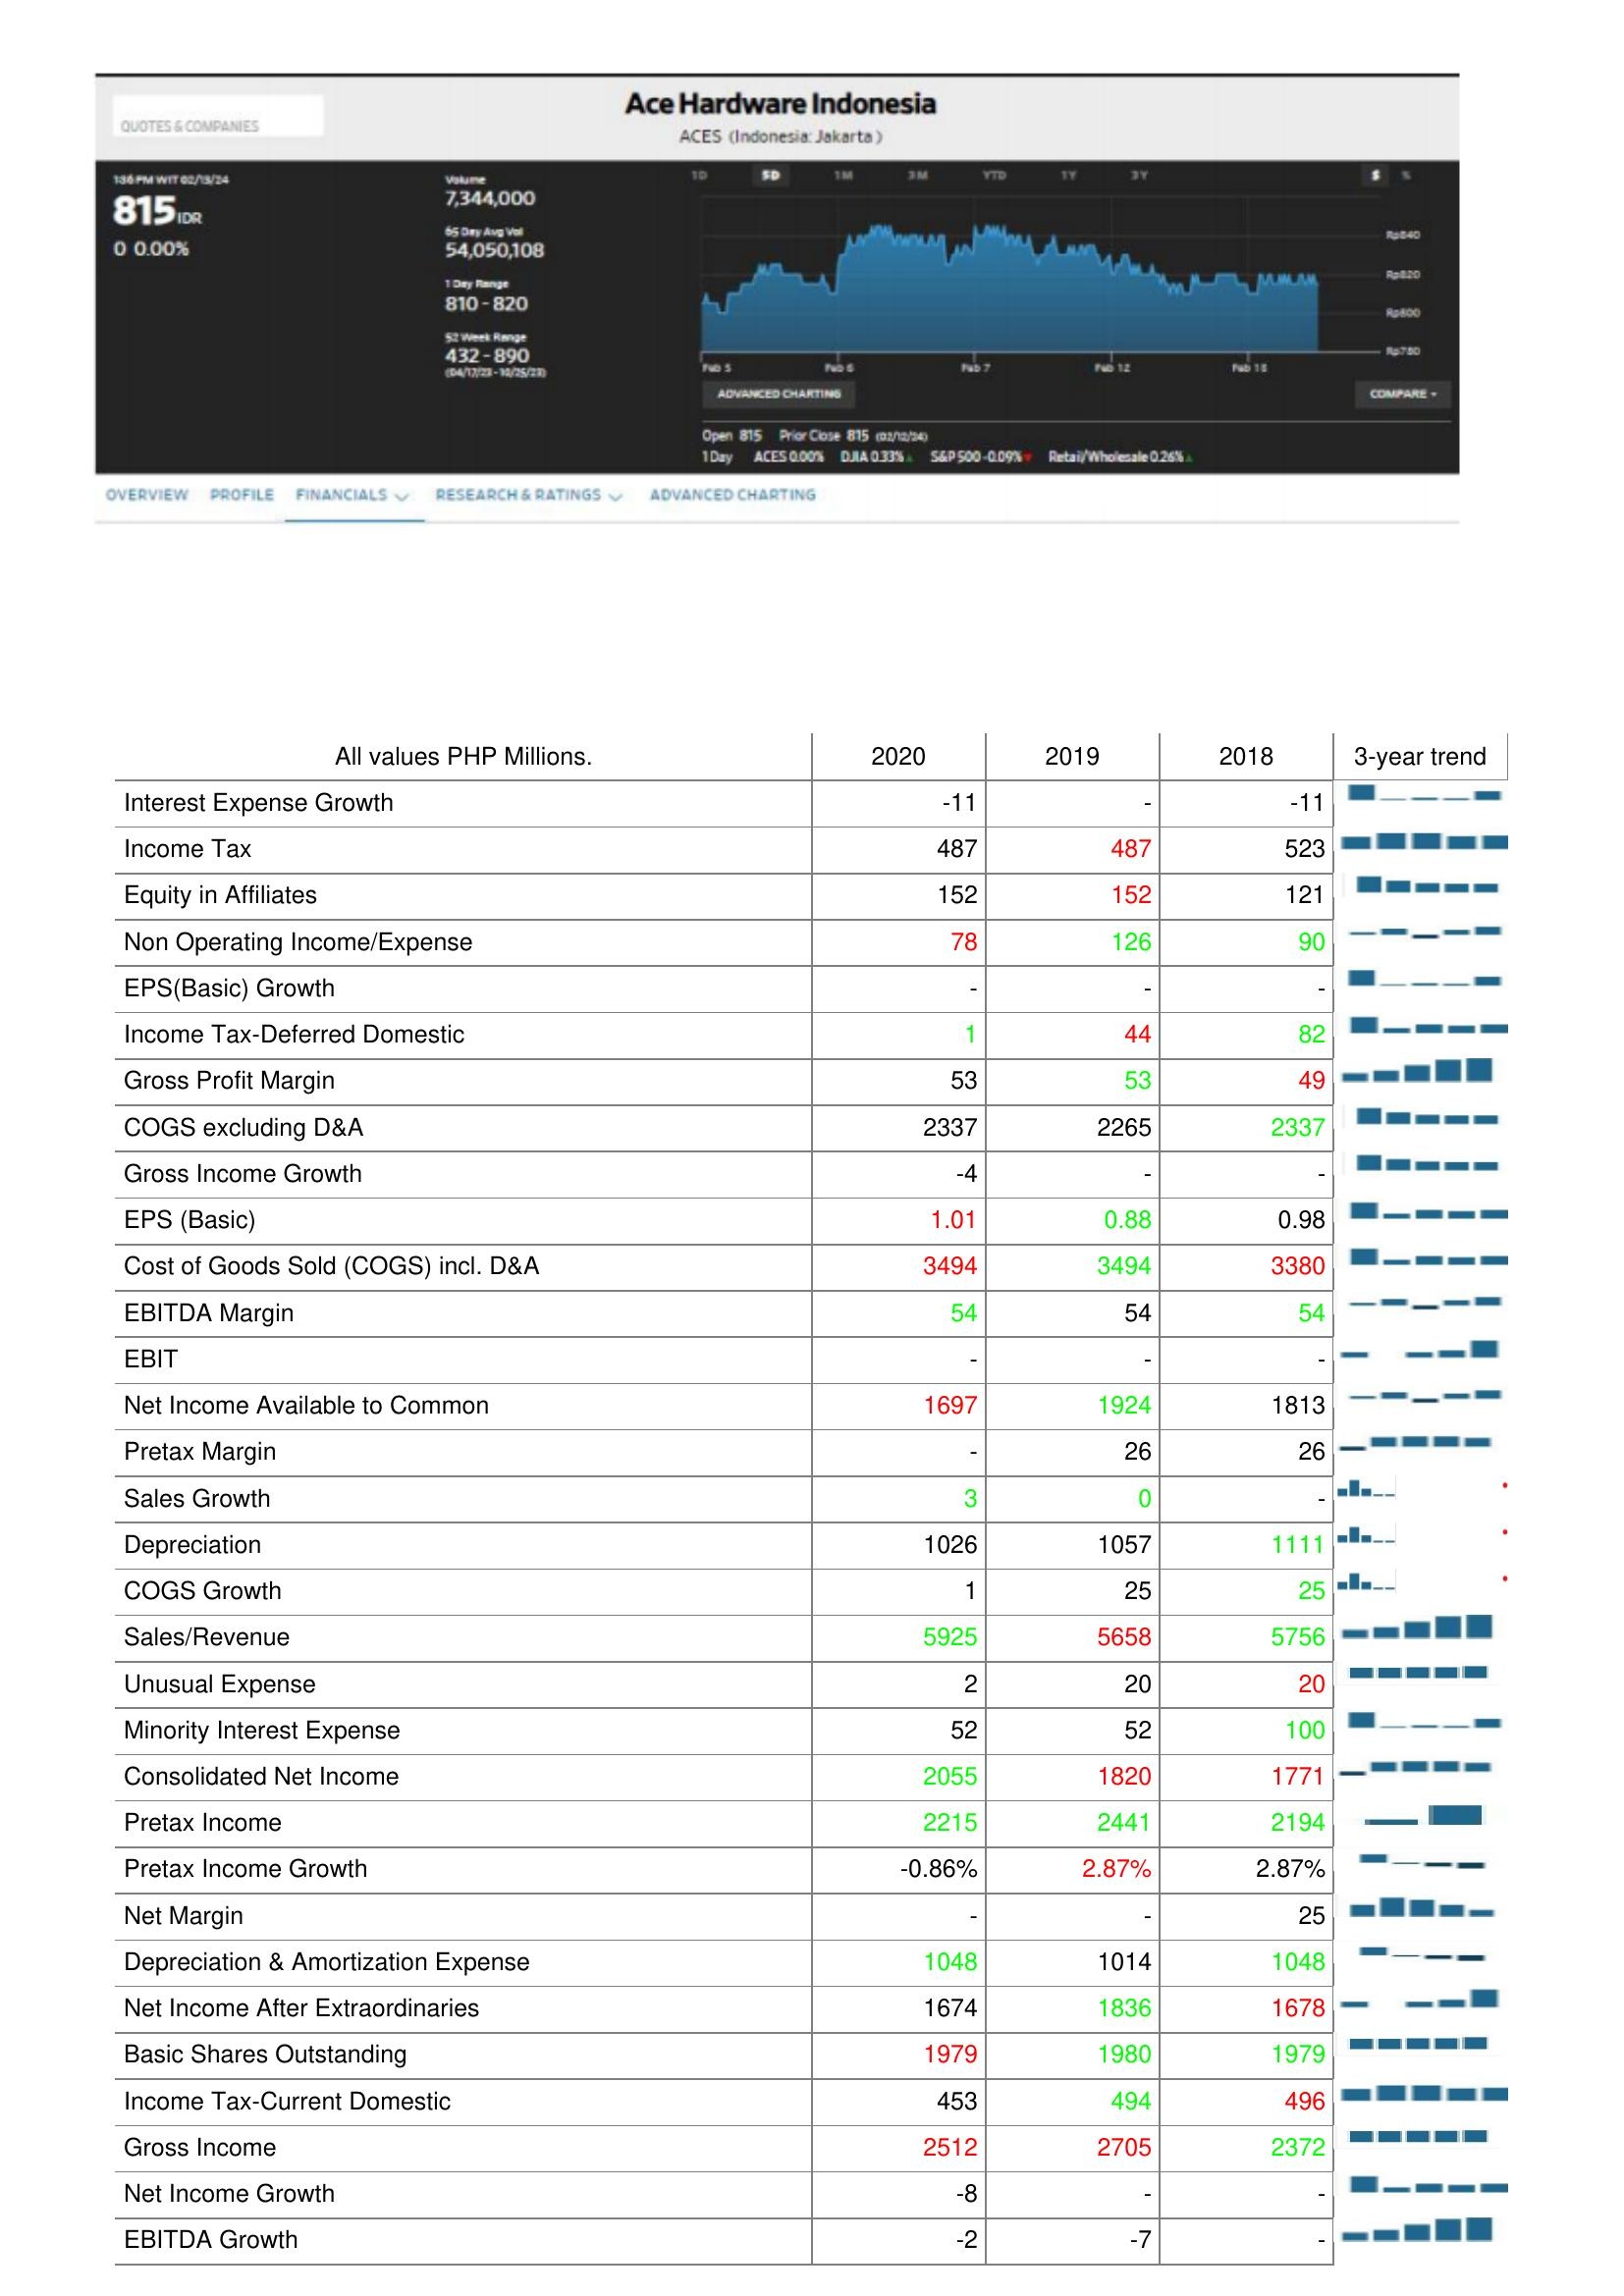
2020: : Interest Expense Growth: -11
Income Tax: 487
Equity in Affiliates: 152
Non Operating Income/Expense: 78
EPS(Basic) Growth: -
Income Tax-Deferred Domestic: 1
Gross Profit Margin: 53
COGS excluding D&A: 2337
Gross Income Growth: -4
EPS (Basic): 1.01
Cost of Goods Sold (COGS) incl. D&A: 3494
EBITDA Margin: 54
EBIT: -
Net Income Available to Common: 1697
Pretax Margin: -
Sales Growth: 3
Depreciation: 1026
COGS Growth: 1
Sales/Revenue: 5925
Unusual Expense: 2
Minority Interest Expense: 52
Consolidated Net Income: 2055
Pretax Income: 2215
Pretax Income Growth: -0.86%
Net Margin: -
Depreciation & Amortization Expense: 1048
Net Income After Extraordinaries: 1674
Basic Shares Outstanding: 1979
Income Tax-Current Domestic: 453
Gross Income: 2512
Net Income Growth: -8
EBITDA Growth: -2
2019: : Interest Expense Growth: -
Income Tax: 487
Equity in Affiliates: 152
Non Operating Income/Expense: 126
EPS(Basic) Growth: -
Income Tax-Deferred Domestic: 44
Gross Profit Margin: 53
COGS excluding D&A: 2265
Gross Income Growth: -
EPS (Basic): 0.88
Cost of Goods Sold (COGS) incl. D&A: 3494
EBITDA Margin: 54
EBIT: -
Net Income Available to Common: 1924
Pretax Margin: 26
Sales Growth: 0
Depreciation: 1057
COGS Growth: 25
Sales/Revenue: 5658
Unusual Expense: 20
Minority Interest Expense: 52
Consolidated Net Income: 1820
Pretax Income: 2441
Pretax Income Growth: 2.87%
Net Margin: -
Depreciation & Amortization Expense: 1014
Net Income After Extraordinaries: 1836
Basic Shares Outstanding: 1980
Income Tax-Current Domestic: 494
Gross Income: 2705
Net Income Growth: -
EBITDA Growth: -7
2018: : Interest Expense Growth: -11
Income Tax: 523
Equity in Affiliates: 121
Non Operating Income/Expense: 90
EPS(Basic) Growth: -
Income Tax-Deferred Domestic: 82
Gross Profit Margin: 49
COGS excluding D&A: 2337
Gross Income Growth: -
EPS (Basic): 0.98
Cost of Goods Sold (COGS) incl. D&A: 3380
EBITDA Margin: 54
EBIT: -
Net Income Available to Common: 1813
Pretax Margin: 26
Sales Growth: -
Depreciation: 1111
COGS Growth: 25
Sales/Revenue: 5756
Unusual Expense: 20
Minority Interest Expense: 100
Consolidated Net Income: 1771
Pretax Income: 2194
Pretax Income Growth: 2.87%
Net Margin: 25
Depreciation & Amortization Expense: 1048
Net Income After Extraordinaries: 1678
Basic Shares Outstanding: 1979
Income Tax-Current Domestic: 496
Gross Income: 2372
Net Income Growth: -
EBITDA Growth: -